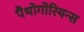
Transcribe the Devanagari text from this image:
पैथोगोरियन्स